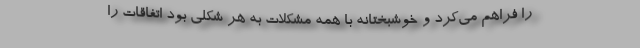
را فراهم می‌کرد و خوشبختانه با همه مشکلات به هر شکلی بود اتفاقات را